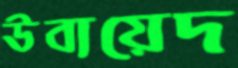
উবায়েদ